Lunatic asylums Madras 1877-1891 - 1877-1891
Year: 1877
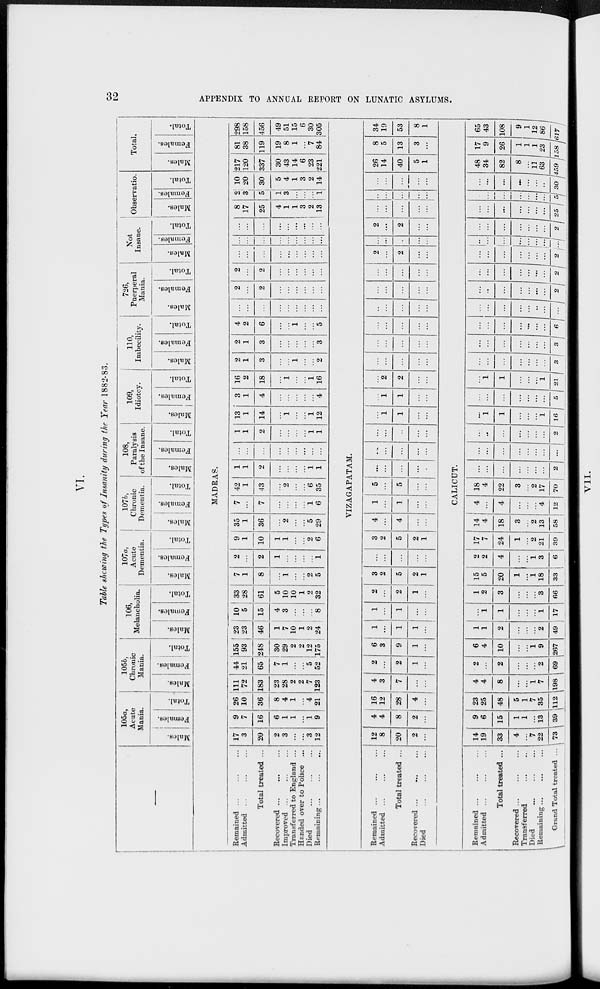
32
APPENDIX TO ANNUAL REPORT ON LUNATIC ASYLUMS.
VI.
Table showing the Types of Insanity during the Year 1882-83.
—
105a,
Acute
Mania.
Males.
Females.
Total.
105b,
Chronic
Mania.
Males.
Females.
Total.
106,
Melancholia.
Males.
Females.
Total.
107a,
Acute
Dementia.
Males.
Females.
Total.
107b,
Chronic
Dementia.
Males.
Females.
Total.
108,
Paralysis
of the Insane.
Males.
Females.
Total.
109,
Idiotcy.
Males.
Females.
Total.
110,
Imbecility.
Males.
Females.
Total.
726,
Puerperal
Mania.
Males.
Females.
Total.
Not
Insane.
Males.
Females.
Total.
Observatio.
Males.
Females.
Total.
Total.
Males.
Females.
Total.
MADRAS.
Remained ... ... ...
Admitted ... ... ...
Total treated ...
Recovered ... ... ...
Improved ... ... ...
Transferred to England ...
Handed over to Police ...
Died
...
...
...
Remaining ... ... ...
17
3
20
2
3
...
...
3
12
9
7
16
6
1
1
...
1
9
26
10
36
8
4
1
...
4
21
111
72
183
23
28
2
2
7
123
44
21
65
7
1
...
...
5
52
155
93
248
30
29
2
2
12
175
23
23
46
1
7
10
1
2
24
10
5
15
4
3
...
...
...
8
33
28
61
5
10
10
1
2
32
7
1
8
...
1
...
...
2
5
2
...
2
1
...
...
...
...
1
9
1
10
1
1
...
...
2
6
35
1
36
...
2
...
...
5
29
7
...
7
...
...
...
...
1
6
42
1
43
...
2
...
...
6
35
1
1
2
...
...
...
...
1
1
...
...
...
...
...
...
...
...
...
1
1
2
...
...
...
...
1
1
13
1
14
...
1
...
...
1
12
3
1
4
...
...
...
...
...
4
16
2
18
...
1
...
...
1
16
2
1
3
...
...
1
...
...
2
2
1
3
...
...
...
...
...
3
4
2
6
...
...
1
...
...
5
...
...
...
...
...
...
...
...
...
2
...
2
...
...
...
...
...
...
2
...
2
...
...
...
...
...
...
...
...
...
...
...
...
...
...
...
...
...
...
...
...
...
...
...
...
...
...
...
...
...
...
...
...
...
8
17
25
4
1
1
3
2
13
2
3
5
1
3
...
...
...
1
10
20
30
5
4
1
3
2
14
217
120
337
30
43
14
6
23
221
81
38
119
19
8
1
...
7
84
298
158
456
49
51
15
6
30
305
VIZAGAPATAM.
Remained ... ... ...
Admitted ... ... ...
Total treated ...
Recovered ... ... ...
Died
...
...
...
12
8
20
2
...
4
4
8
2
...
16
12
28
4
...
4
3
7
...
...
2
...
2
1
...
6
3
9
1
...
1
...
1
1
...
1
...
1
...
...
2
...
2
1
...
3
2
5
2
1
...
...
...
...
...
3
2
5
2
1
4
...
4
...
...
1
...
1
...
...
5
...
5
...
...
...
...
...
...
...
...
...
...
...
...
...
...
...
...
...
...
1
1
...
...
...
1
1
...
...
...
2
2
...
...
...
...
...
...
...
...
...
...
...
...
...
...
...
...
...
...
...
...
...
...
...
...
...
...
...
...
...
...
...
...
2
...
2
...
...
...
...
...
...
...
2
...
2
...
...
...
...
...
...
...
...
...
...
...
...
...
...
...
...
...
26
14
40
5
1
8
5
13
3
...
34
19
53
8
1
CACICUT.
Remained ... ... ...
Admitted ... ... ...
Total treated ...
Recovered ... ... ...
Transferred ... ...
Died
...
...
...
Remaining ... ... ...
Grand Total treated ...
14
19
33
4
...
7
22
73
9
6
15
1
1
...
13
39
23
25
48
5
1
7
35
112
4
4
8
...
...
1
7
198
2
...
2
...
...
...
2
69
6
4
10
...
...
1
9
267
1
1
2
...
...
...
2
49
...
1
1
...
...
...
1
17
1
2
3
...
...
...
3
66
15
5
20
1
...
1
18
33
2
2
4
...
...
1
3
6
17
7
24
1
...
2
21
39
14
4
18
3
...
2
13
58
4
...
4
...
...
...
4
12
18
4
22
3
...
2
17
70
...
...
...
...
...
...
...
2
...
...
...
...
...
...
...
...
...
...
...
...
...
...
...
2
...
1
1
...
...
...
1
16
...
...
...
...
...
...
...
5
...
1
1
...
...
...
1
21
...
...
...
...
...
...
...
3
...
...
...
...
...
...
...
3
...
...
...
...
...
...
...
6
...
...
...
...
...
...
...
...
...
...
...
...
...
...
...
2
...
...
...
...
...
...
...
2
...
...
...
...
...
...
...
2
...
...
...
...
...
... ...
...
...
...
...
...
...
...
...
2
...
...
...
...
...
...
...
25
...
...
...
...
...
...
...
5
...
...
...
...
...
...
...
30
48
34
82
8
...
11
63
459
17
9
26
1
1
1
23
158
65
43
108
9
1
12
86
617